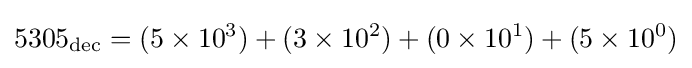
5305_{\mathrm {dec} }=(5\times 10^{3})+(3\times 10^{2})+(0\times 10^{1})+(5\times 10^{0})